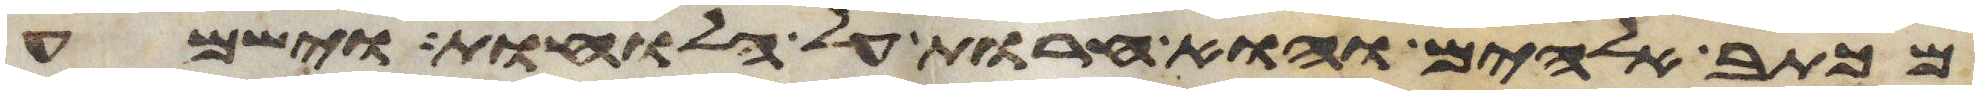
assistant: מכתב אלהים הוא חרות על הלוחות וישמע